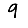
Digit: 9